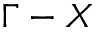
\Gamma - X